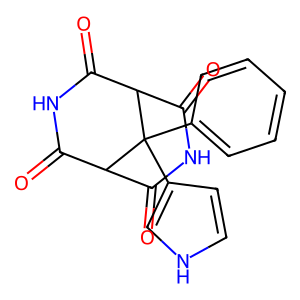
SMILES: O=C1NC(=O)C2C(=O)NC(=O)C1C2(c1ccccc1)c1cc[nH]c1
Inhibits HIV replication: No